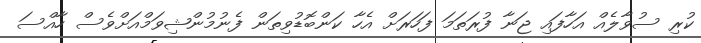
ކުރި ސުވާލެއް އަހާފައި ޖަނާ ފުރަަތަމަ ފަހަރަށް އެހާ ކަންބޮޑުވިތަން ފެނުމުންޝިވަމްއަށްވެސް ހާއްސަ